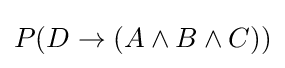
P(D\to (A\wedge B\wedge C))